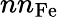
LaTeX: nn_{\mathrm{Fe}}